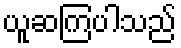
ယူဆကြပါသည်